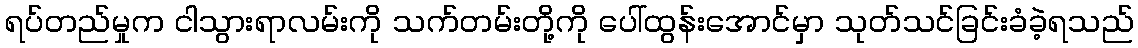
ရပ်တည်မှုက ငါသွားရာလမ်းကို သက်တမ်းတို့ကို ပေါ်ထွန်းအောင်မှာ သုတ်သင်ခြင်းခံခဲ့ရသည်